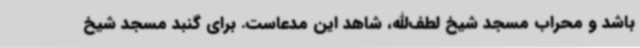
باشد و محراب مسجد شیخ لطف‌الله، شاهد این مدعاست. برای گنبد مسجد شیخ